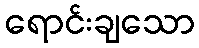
ရောင်းချသော